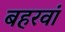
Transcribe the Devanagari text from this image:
बहरवां